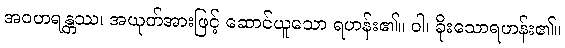
အဝဟရန္တဿ၊ အယုတ်အားဖြင့် ဆောင်ယူသော ရဟန်း၏။ ဝါ၊ ခိုးသောရဟန်း၏။